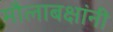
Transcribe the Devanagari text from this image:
मौलाबक्षांनी